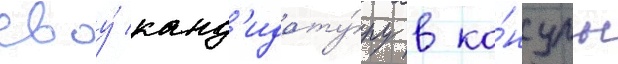
своу́ канд'идату́ру в ко́нсулы